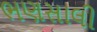
ભણસાલી